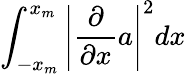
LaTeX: \int_{-x_{m}}^{x_{m}}\left|\frac{\partial}{\partial x}a\right|^{2}dx